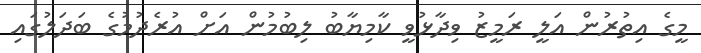
މީގެ އިތުރުން އަލީ ރަމީޒު ވިދާޅުވީ ކާމިޔާބު ލިބުމުން އަށް އުރެދުމުގެ ބަދަލުގައި